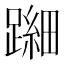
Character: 𬧐